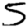
Digit: 5